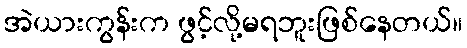
အဲယားကွန်းက ဖွင့်လို့မရဘူးဖြစ်နေတယ်။